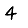
Digit: 4